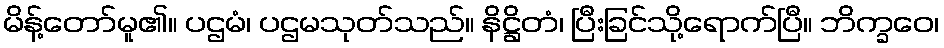
မိန့်တော်မူ၏။ ပဌမံ၊ ပဌမသုတ်သည်။ နိဋ္ဌိတံ၊ ပြီးခြင်သို့ရောက်ပြီ။ ဘိက္ခဝေ၊